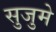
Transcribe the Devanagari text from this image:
सुजुमे